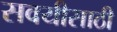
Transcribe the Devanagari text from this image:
सवयीसाठी